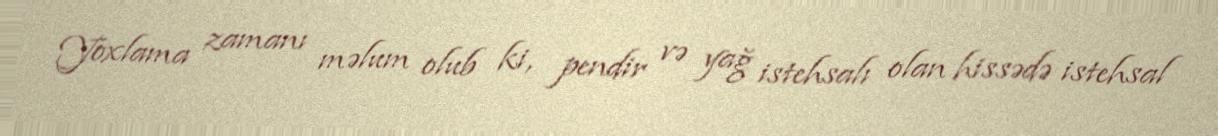
Yoxlama zamanı məlum olub ki, pendir və yağ istehsalı olan hissədə istehsal